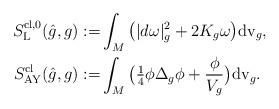
LaTeX: \begin{align*}S^{{\rm cl},0}_{{\rm L}}(\hat g,g):=&\int_M\big(|d\omega|^2_{g}+ 2K_{g}\omega \big){\rm dv}_{g} ,\\S^{{\rm cl}}_{{\rm AY}}(\hat g,g):= & \int_M\big(\tfrac{1}{4}\phi\Delta_{g}\phi + \frac{\phi}{V_{g}}\big){\rm dv}_{g}.\end{align*}